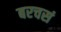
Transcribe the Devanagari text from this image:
बरचसं